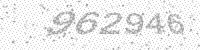
Solution: 962946